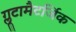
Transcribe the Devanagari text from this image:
ग्लूटामैटर्जिक